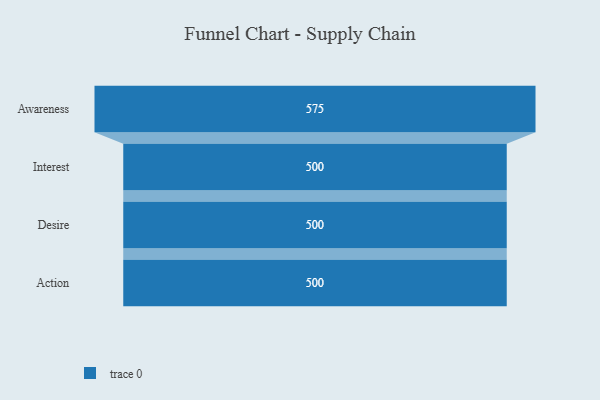
{"axis": {"x": "Stage", "y": "Value"}, "legend": [""], "data": [{"x": "Awareness", "y": 575.0, "type": ""}, {"x": "Interest", "y": 500, "type": ""}, {"x": "Desire", "y": 500, "type": ""}, {"x": "Action", "y": 500, "type": ""}]}